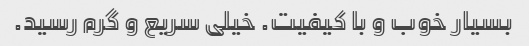
بسیار خوب و با کیفیت. خیلی سریع و گرم رسید.